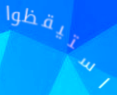
استيقظوا